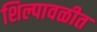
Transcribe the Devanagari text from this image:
शिल्पावळीत